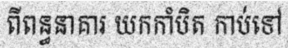
ពីពន្ធនាគារ យកកាំបិត កាប់ទៅ